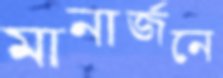
মানার্জনে